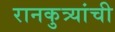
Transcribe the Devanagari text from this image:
रानकुत्र्यांची